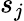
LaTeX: s_{j}